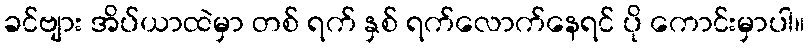
ခင်ဗျား အိပ်ယာထဲမှာ တစ် ရက် နှစ် ရက်လောက်နေရင် ပို ကောင်းမှာပါ။